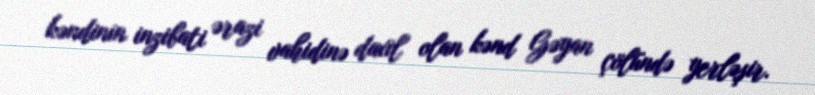
kəndinin inzibati ərazi vahidinə daxil olan kənd Gəyan çölündə yerləşir.